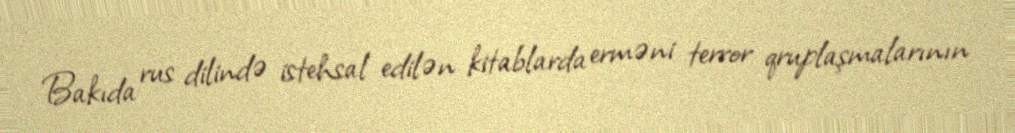
Bakıda rus dilində istehsal edilən kitablarda erməni terror qruplaşmalarının